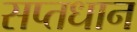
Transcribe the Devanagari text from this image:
सप्तधान